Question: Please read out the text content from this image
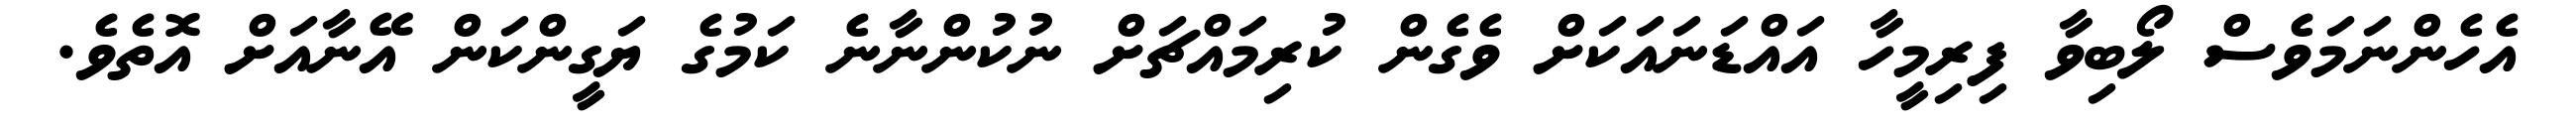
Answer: އެހެންނަމަވެސް ލޯބިވާ ފިރިމީހާ އައްޑަނައަކަށް ވެގެން ކުރިމައްޗަށް ނުކުންނާނެ ކަމުގެ ޔަގީންކަން އޭނާއަށް އޮތެވެ.